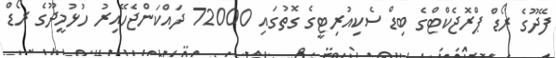
ފޭދޫގެ ރޯޑް ޕްރޮޖެކްޓްގެ ބިޑް ސެކިއުރިޓީގެ ގޮތުގައި 72000 ދައްކަންޖެހޭއިރު ހުޅުމީދޫގެ ރޯޑް